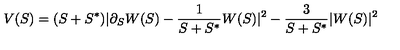
V ( S ) = ( S + S ^ { * } ) | \partial _ { S } W ( S ) - \frac { 1 } { S + S ^ { * } } W ( S ) | ^ { 2 } - \frac { 3 } { S + S ^ { * } } | W ( S ) | ^ { 2 }